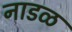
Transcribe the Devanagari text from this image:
नाडळ